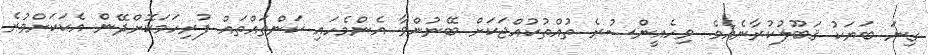
ގިނަ ބަޔަކު ޤަބޫލުކުރާނެއެވެ. ވިހެއީންސުރެ ތުއްތުކުއްޖަކަށް ބޭނުންވާ އެންމެހައި ކަންތައްތައް ފުރިހަމަކޮށްދޭން އެކަކަށްވުރެ